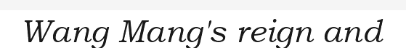
Wang Mang's reign and